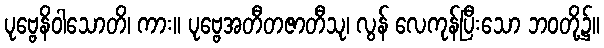
ပုဗ္ဗေနိဝါသောတိ၊ ကား။ ပုဗ္ဗေအတီတဇာတီသု၊ လွန် လေကုန်ပြီးသော ဘဝတို့၌။